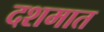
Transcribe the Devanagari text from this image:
दशमात